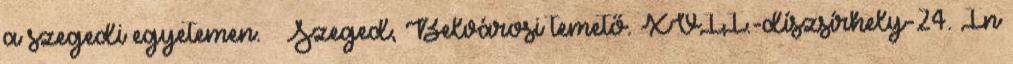
a szegedi egyetemen. ↑ Szeged, Belvárosi temető. XVII.-díszsírhely-24. In